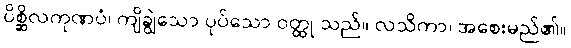
ပိစ္ဆိလကုဏပံ၊ ကျိချွဲသော ပုပ်သော ဝတ္ထု သည်။ လသိကာ၊ အစေးမည်၏။